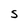
Character: S